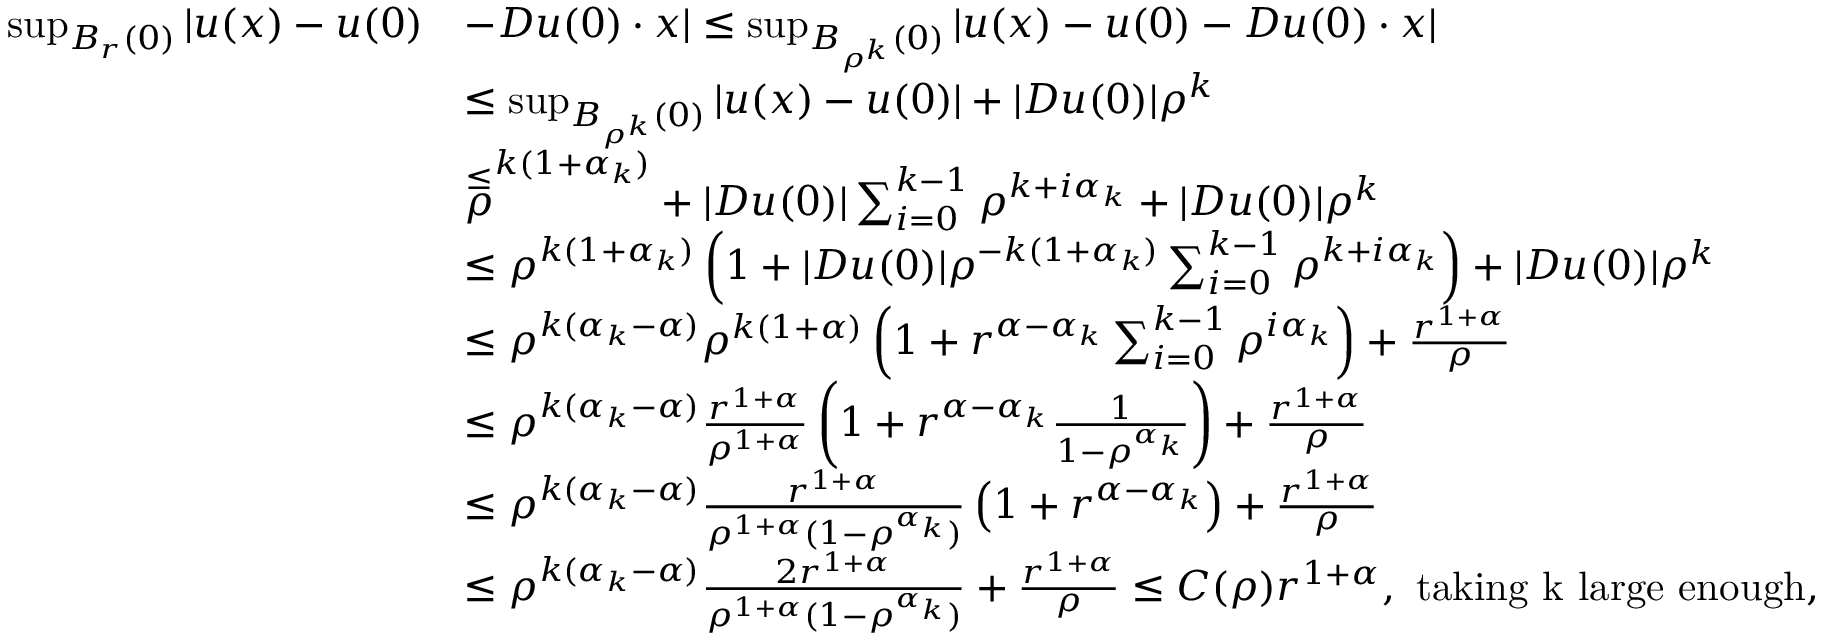
\begin{array} { r l } { \operatorname* { s u p } _ { B _ { r } ( 0 ) } | u ( x ) - u ( 0 ) } & { - D u ( 0 ) \cdot x | \leq \operatorname* { s u p } _ { B _ { \rho ^ { k } } ( 0 ) } | u ( x ) - u ( 0 ) - D u ( 0 ) \cdot x | } \\ & { \leq \operatorname* { s u p } _ { B _ { \rho ^ { k } } ( 0 ) } | u ( x ) - u ( 0 ) | + | D u ( 0 ) | \rho ^ { k } } \\ & { \overset { \leq } \rho ^ { k ( 1 + \alpha _ { k } ) } + | D u ( 0 ) | \sum _ { i = 0 } ^ { k - 1 } \rho ^ { k + i \alpha _ { k } } + | D u ( 0 ) | \rho ^ { k } } \\ & { \leq \rho ^ { k ( 1 + \alpha _ { k } ) } \left( 1 + | D u ( 0 ) | \rho ^ { - k ( 1 + \alpha _ { k } ) } \sum _ { i = 0 } ^ { k - 1 } \rho ^ { k + i \alpha _ { k } } \right) + | D u ( 0 ) | \rho ^ { k } } \\ & { \leq \rho ^ { k ( \alpha _ { k } - \alpha ) } \rho ^ { k ( 1 + \alpha ) } \left( 1 + r ^ { \alpha - \alpha _ { k } } \sum _ { i = 0 } ^ { k - 1 } \rho ^ { i \alpha _ { k } } \right) + \frac { r ^ { 1 + \alpha } } { \rho } } \\ & { \leq \rho ^ { k ( \alpha _ { k } - \alpha ) } \frac { r ^ { 1 + \alpha } } { \rho ^ { 1 + \alpha } } \left( 1 + r ^ { \alpha - \alpha _ { k } } \frac { 1 } { 1 - \rho ^ { \alpha _ { k } } } \right) + \frac { r ^ { 1 + \alpha } } { \rho } } \\ & { \leq \rho ^ { k ( \alpha _ { k } - \alpha ) } \frac { r ^ { 1 + \alpha } } { \rho ^ { 1 + \alpha } ( 1 - \rho ^ { \alpha _ { k } } ) } \left( 1 + r ^ { \alpha - \alpha _ { k } } \right) + \frac { r ^ { 1 + \alpha } } { \rho } } \\ & { \leq \rho ^ { k ( \alpha _ { k } - \alpha ) } \frac { 2 r ^ { 1 + \alpha } } { \rho ^ { 1 + \alpha } ( 1 - \rho ^ { \alpha _ { k } } ) } + \frac { r ^ { 1 + \alpha } } { \rho } \leq C ( \rho ) r ^ { 1 + \alpha } , \ \mathrm { t a k i n g ~ k ~ l a r g e ~ e n o u g h } , } \end{array}